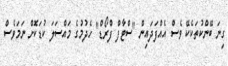
ގިނަ ބޭންކުތަކެކޭ ވެސް އެއްފަދައިން "ސްޓާފް ފްރޯޑް" ހެދުމުގެ މައްސަލަ ކުޑަކޮށް ނަމަވެސް